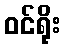
ဝင်ရိုး